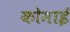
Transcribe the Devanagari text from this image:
कोमाई